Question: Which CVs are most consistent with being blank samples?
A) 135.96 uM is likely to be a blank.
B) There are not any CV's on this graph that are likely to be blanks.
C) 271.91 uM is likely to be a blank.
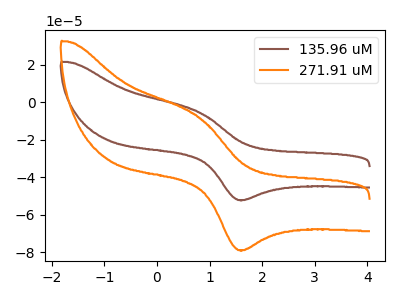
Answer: <think>The brown curve "135.96 uM" has an anodic peak at (0.80V, -5.25uA) and a cathodic peak at (1.65V, -52.10uA). The orange curve "271.91 uM" has an anodic peak at (0.80V, -7.90uA) and a cathodic peak at (1.65V, -78.75uA).</think>
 <answer>B) There are not any CV's on this graph that are likely to be blanks.</answer>
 <eval>B</eval>